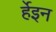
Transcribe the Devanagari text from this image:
र्हेइन